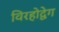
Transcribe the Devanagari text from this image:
विरहोद्वेग